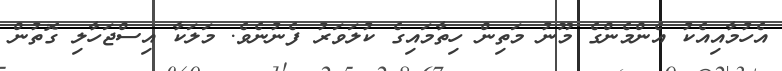
އެހުމާއިއެކު އެންމެންގެ މޫނު މަތިން ހިތާމައިގެ ކުލަވަރު ފެނުނެވެ. މަލަކާ އިސްޖަހާލި ގޮތުން